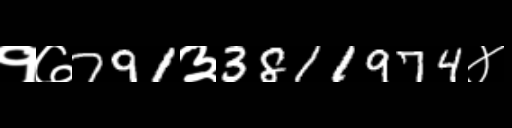
Text: १७791३3811974४